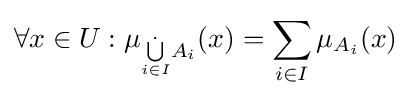
\forall x\in U:\mu _{{\dot {\bigcup \limits _{i\in I}}}A_{i}}(x)=\sum _{i\in I}\mu _{A_{i}}(x)